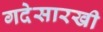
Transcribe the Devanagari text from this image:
गदेसारखी